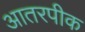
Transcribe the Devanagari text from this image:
आतरपीक